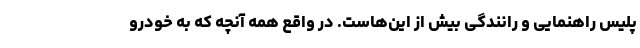
پلیس راهنمایی و رانندگی بیش از این‌هاست. در واقع همه آنچه که به خودرو